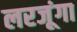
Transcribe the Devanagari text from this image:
लरजूंगा